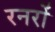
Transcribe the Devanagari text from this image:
रनरों